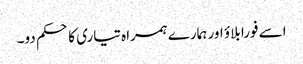
اسے فورا بلاؤ اور ہمارے ہمراہ تیاری کا حکم دو۔